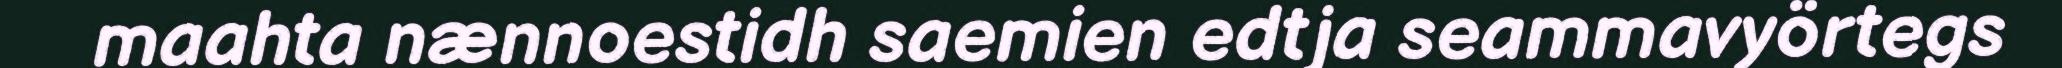
maahta nænnoestidh saemien edtja seammavyörtegs